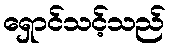
ရှောင်သင့်သည်